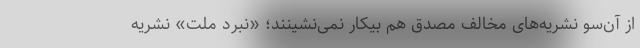
از آن‌سو نشریه‌های مخالف مصدق هم بیکار نمی‌نشینند؛ «نبرد ملت» نشریه